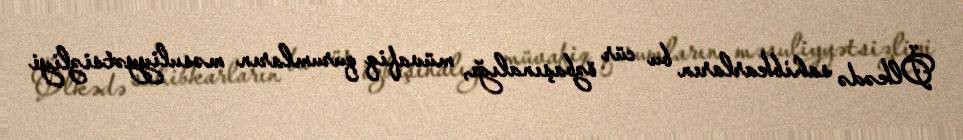
Ölkədə sahibkarların bu cür özbaşınalığı, müvafiq qurumların məsuliyyətsizliyi